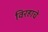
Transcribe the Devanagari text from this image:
विरहाचे